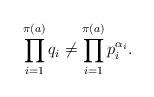
LaTeX: \begin{align*} \prod_{i = 1}^{\pi(a)} q_i \neq \prod_{i = 1}^{\pi(a)}p_i^{\alpha_i}. \end{align*}